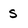
Character: s